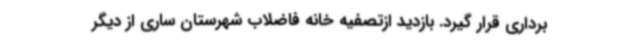
برداری قرار گیرد. بازدید ازتصفیه خانه فاضلاب شهرستان ساری از دیگر